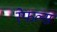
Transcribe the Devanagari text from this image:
रेफल्स